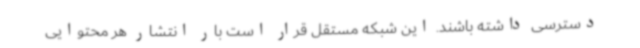
دسترسی داشته باشند. این شبکه مستقل قرار است بار انتشار هر محتوایی